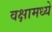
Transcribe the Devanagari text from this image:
वक्षामध्ये